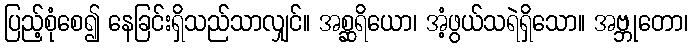
ပြည့်စုံစေ၍ နေခြင်းရှိသည်သာလျှင်။ အစ္ဆရိယော၊ အံ့ဖွယ်သရဲရှိသော။ အဗ္ဘုတော၊